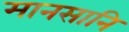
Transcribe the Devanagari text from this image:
मानसानि